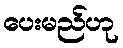
ပေးမည်ဟု